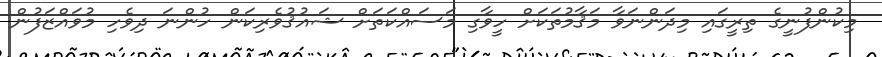
މިކުންފުނީގެ ތިރީގައި މިދަންނަވާ މަޤާމުތަަކަށް ހީވާގި މަސައްކަތަށް ޝައުޤުވެރިކަން ހުންނަ ދިވެހި މުވައްޒަފުން